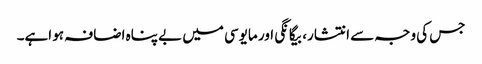
جس کی وجہ سے انتشار، بیگانگی اور مایوسی میں بے پناہ اضافہ ہو اہے۔